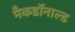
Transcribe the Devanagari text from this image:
मैकडॉनाल्ड